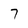
Character: 7